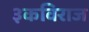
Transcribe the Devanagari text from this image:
३कविराज